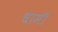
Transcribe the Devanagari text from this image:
धामॊं